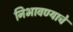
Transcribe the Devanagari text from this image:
निभावण्याचे